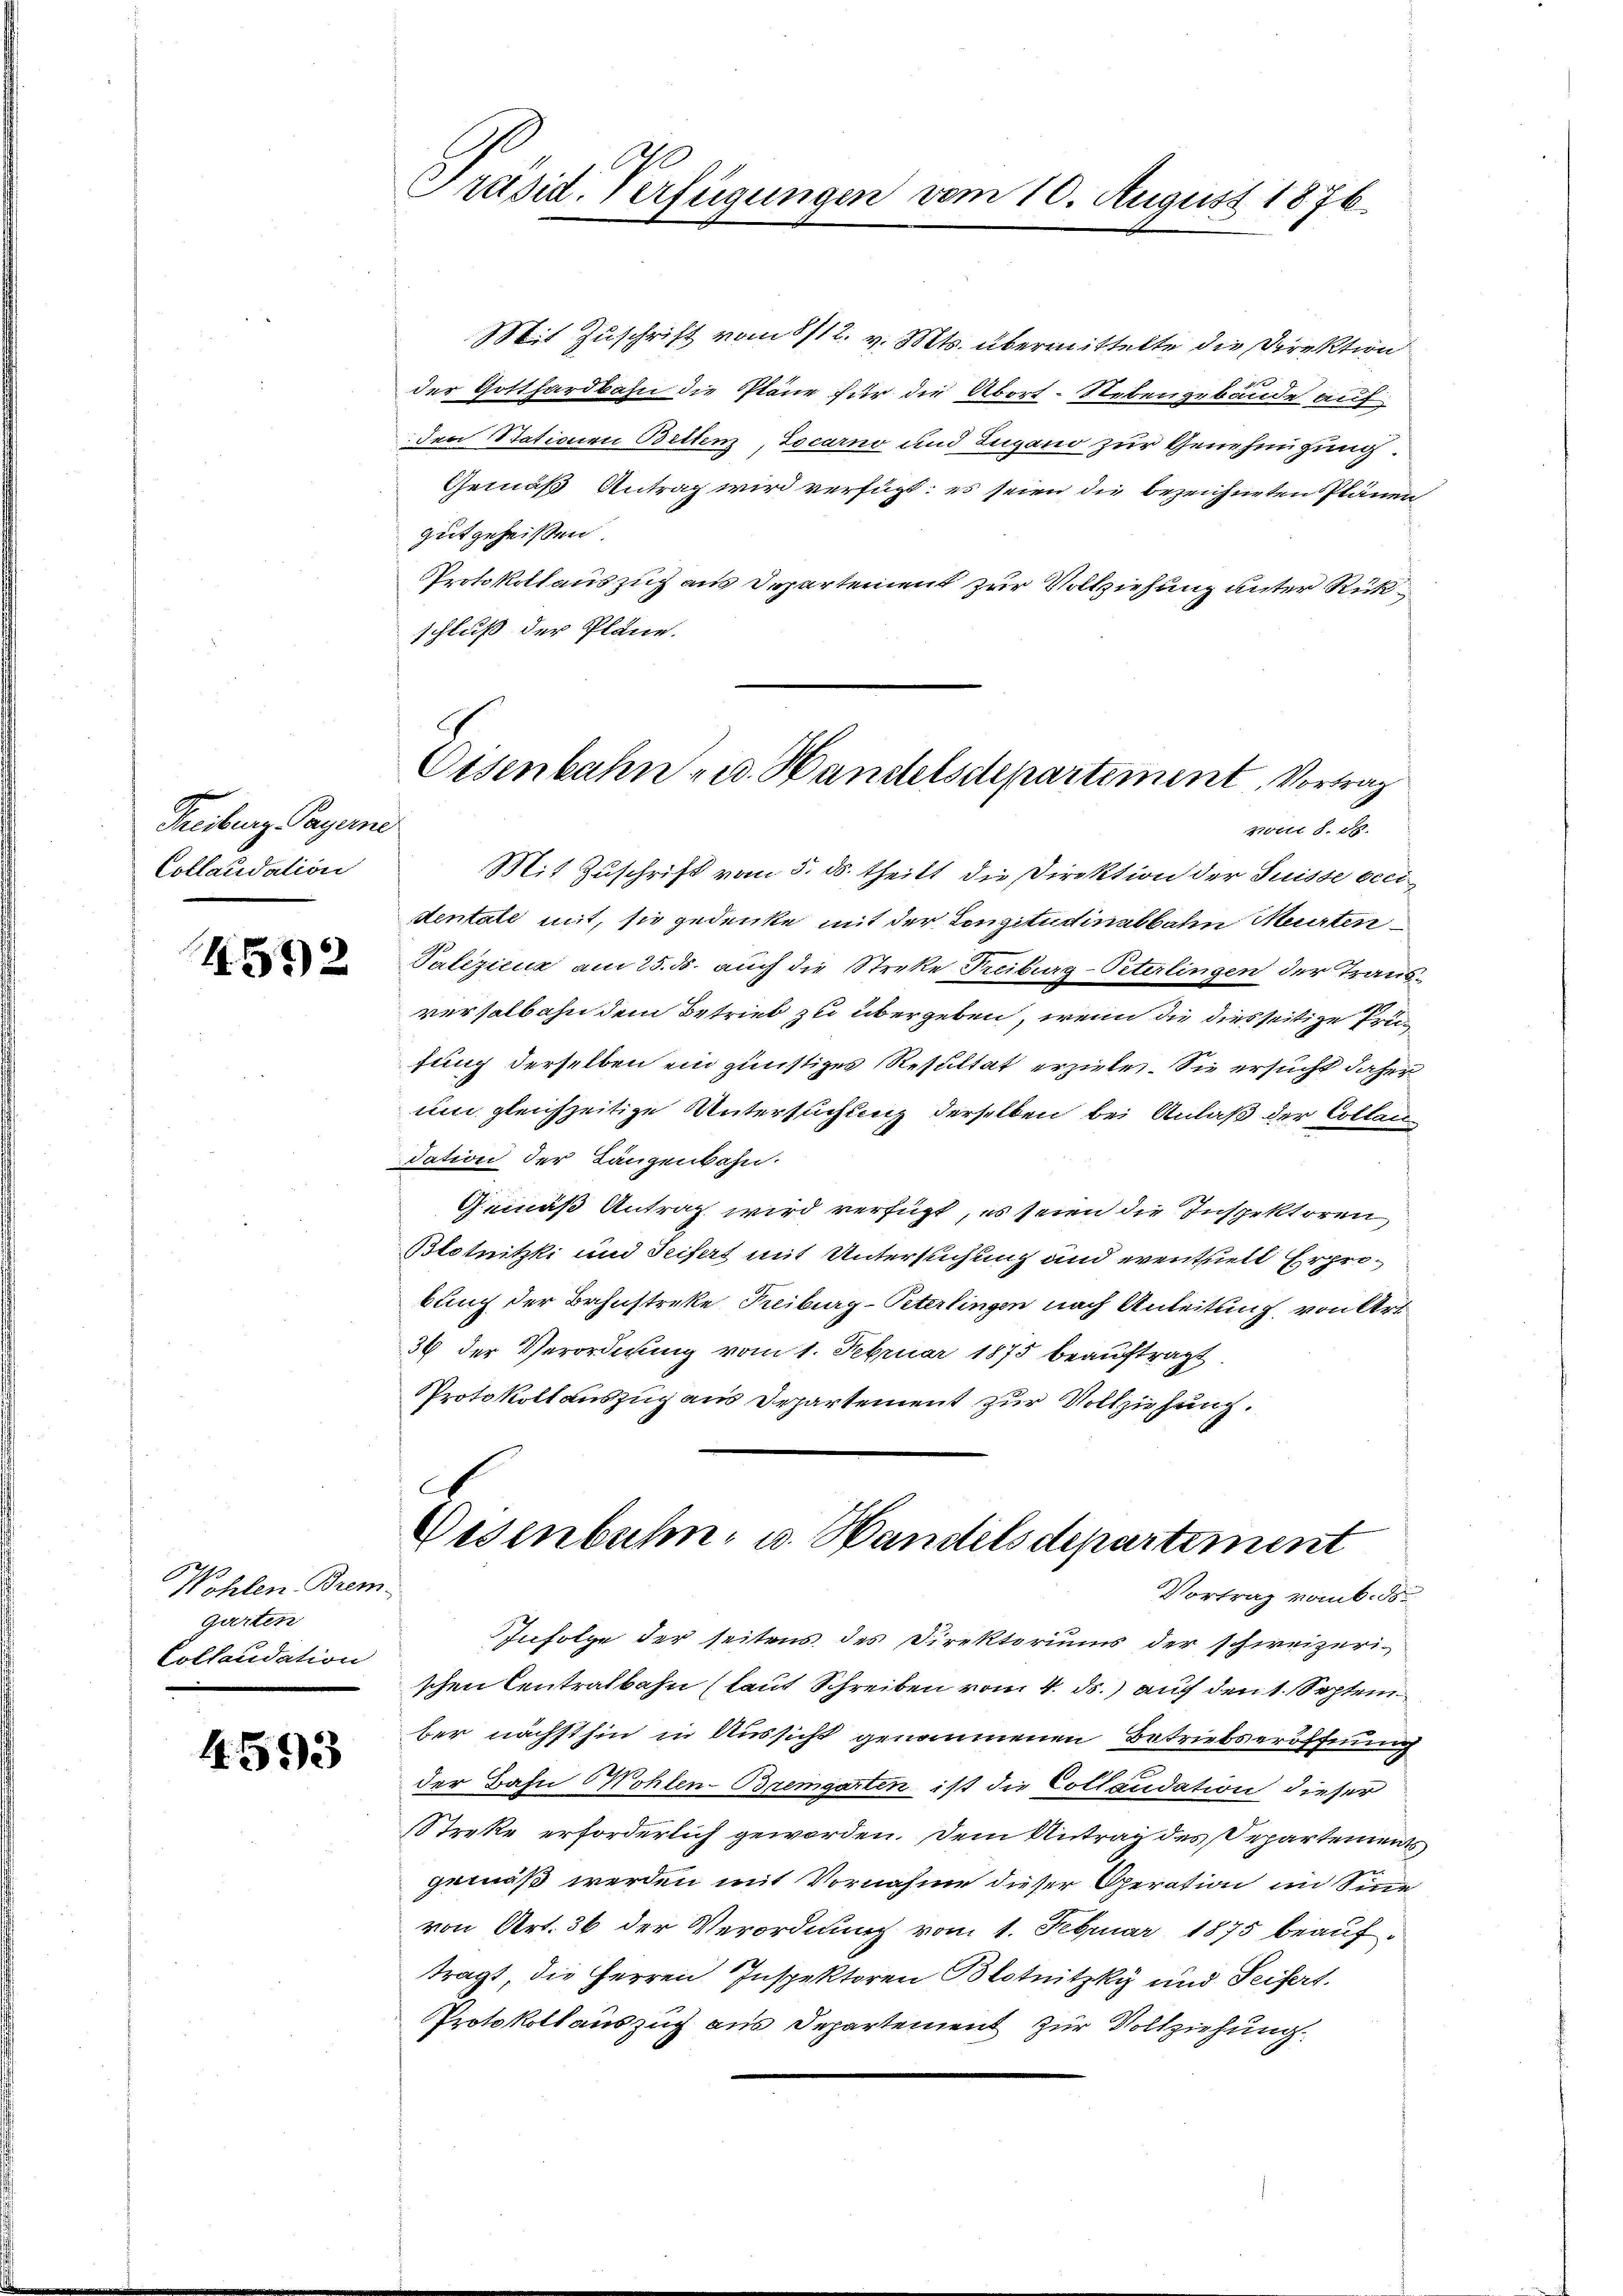
Treiburg, Payerne
Collaudation

4592

g
Kohlen Brem-
Garten
Collaudation

4.593

Präsid. Verfügungen vom 10. August 1876.

Mit Zuschrift vom 8/12. v. Mts. übermittelte die Direktion
der Gotthardbahn die Pläne für die Abort. Nebengebäude auf
den Stationen Bettenz, Locarno und Lugano zur Genehmigung.
Gemäß Antrag wird verfügt: es seien die bezeichneten Plänen
gutgeheissen.
Protokollauszug aus Departement zur Vollziehung unter Rückschluß der Pläne.
zotti d. d.
Mit Zuschrift vom 5. ds. theilt, die Direktion der Suisse veci-
dentale mit, sie gedenke mit der Conzitudinalbahn Meurten
Palizienz am 25. ds. auch die Streke Treiburg-Peterlingen der Trausverhalbahn dem Betrieb zu übergeben, wenn die diesseitige Prüfung derselben ein günstiges Resultat erzielen. Sie ersucht daher
um gleichzeitige Untersuchung derselben bei Anlaß der Collandation der Längenbahn.
Gemäß Antrag wird verfügt, es seien die Inspektoren
Blotnitzki und Seifert mit Untersuchung und eventuell Erprobung der Bahnstreke Treiburg-Peterlingen nach Anleitung, von Art
39 der Verordnung vom 1. Februar 1875 beauftragt.
Protokollauszug aus Departement zur Vollziehung.

Eisenbahn - u. Handelsdepartement. Vortrag

.
Eisenbahn- u. Wandelsdepartement
Vortrag vom 6. ds.

Infolge der seitens des Direktoriums der schweizerischen Centratbahn (laut Schreiben vom 4. ds. auf den 1. Septem
ber nächsthin in Aussicht genommenen Betriebseröffnung
der Bahn Wohlen-Bremgarten ist die Collaudation dieser
Streke erforderlich geworden. Dem Antrag des Departements
gemäß werden mit Vornahme dieser Oeration im Sinne
von Art. 36 der Verordnung vom 1. Februar 1875 beauftragt, die Herren Inspektoren Blotnitzky und Seifert.
Protokollauszug aus Departement zur Vollziehung